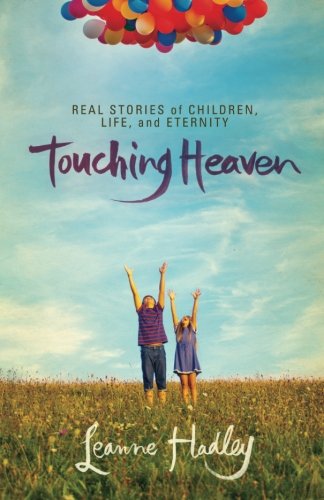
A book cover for Touching Heaven: Real Stories of Children, Life, and Eternity; Leanne Hadley; Christian Books & Bibles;